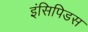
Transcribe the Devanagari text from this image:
इंसिपिडस